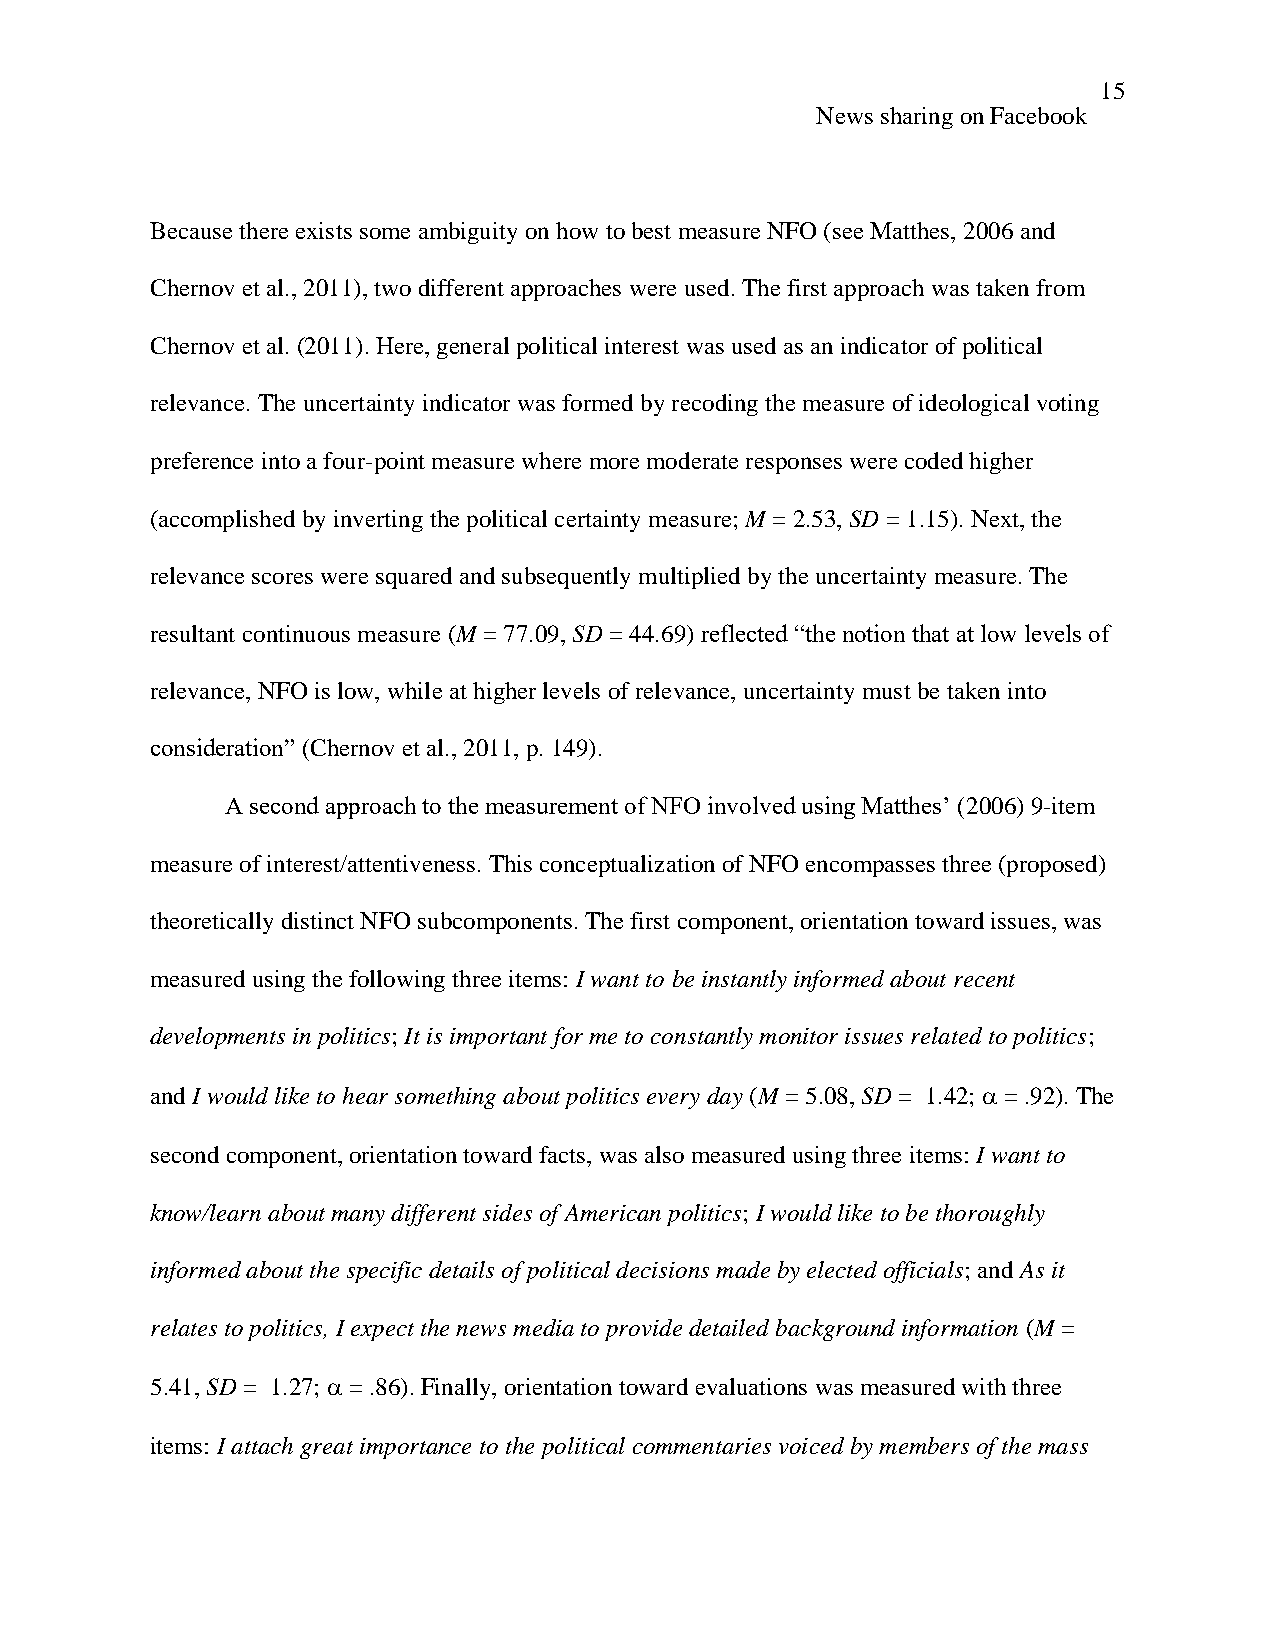
15
 News sharing on Facebook
 Because there exists some ambiguity on how to best measure NFO (see Matthes, 2006 and
 Chernov et al., 2011), two different approaches were used. The first approach was taken from
 Chernov et al. (2011). Here, general political interest was used as an indicator of political
 relevance. The uncertainty indicator was formed by recoding the measure of ideological voting
 preference into a four-point measure where more moderate responses were coded higher
 (accomplished by inverting the political certainty measure; M = 2.53, SD = 1.15). Next, the
 relevance scores were squared and subsequently multiplied by the uncertainty measure. The
 resultant continuous measure (M = 77.09, SD = 44.69) reflected “the notion that at low levels of
 relevance, NFO is low, while at higher levels of relevance, uncertainty must be taken into
 consideration” (Chernov et al., 2011, p. 149).
 A second approach to the measurement of NFO involved using Matthes’ (2006) 9-item
 measure of interest/attentiveness. This conceptualization of NFO encompasses three (proposed)
 theoretically distinct NFO subcomponents. The first component, orientation toward issues, was
 measured using the following three items: I want to be instantly informed about recent
 developments in politics; It is important for me to constantly monitor issues related to politics;
 and I would like to hear something about politics every day (M = 5.08, SD = 1.42;  = .92). The
 second component, orientation toward facts, was also measured using three items: I want to
 know/learn about many different sides of American politics; I would like to be thoroughly
 informed about the specific details of political decisions made by elected officials; and As it
 relates to politics, I expect the news media to provide detailed background information (M =
 5.41, SD = 1.27;  = .86). Finally, orientation toward evaluations was measured with three
 items: I attach great importance to the political commentaries voiced by members of the mass